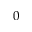
0